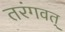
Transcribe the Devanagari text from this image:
तरंगवत्